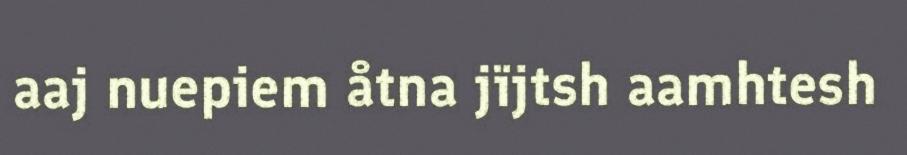
aaj nuepiem åtna jïjtsh aamhtesh